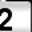
Digit: 2